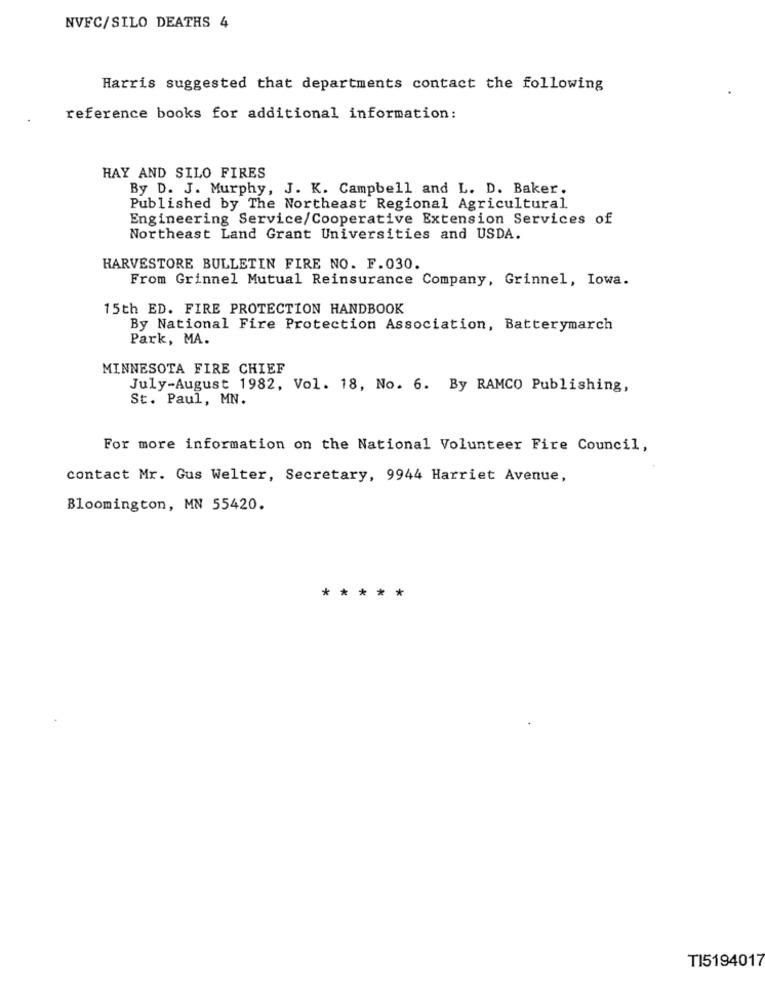
NVFC/SILO DEATHS 4
Harris suggested that departments contact the following
reference books for additional information:
HAY AND SILO FIRES
By D. J. Murphy, J. K. Campbell and L. D. Baker.
Published by The Northeast Regional Agricultural
Engineering Service/Cooperative Extension Services of
Northeast Land Grant Universities and USDA.
HARVESTORE BULLETIN FIRE NO. F.030.
From Grinnel Mutual Reinsurance Company, Grinnel, Iowa.
15th ED. FIRE PROTECTION HANDBOOK
By National Fire Protection Association, Batterymarch
Park, MA.
MINNESOTA FIRE CHIEF
July-August 1982, Vol. 18, No. 6. By RAMCO Publishing,
St. Paul, MN.
For more information on the National Volunteer Fire Council,
contact Mr. Gus Welter, Secretary, 9944 Harriet Avenue,
Bloomington, MN 55420.
* ****
TI5194017